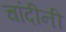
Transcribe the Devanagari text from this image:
चांदीनी